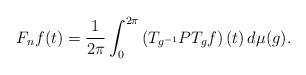
LaTeX: \begin{align*}F_nf(t)=\frac{1}{2\pi}\int_0^{2\pi}\left(T_{g^{-1}}PT_gf\right)(t)\, d\mu(g).\end{align*}